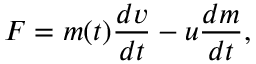
F = m ( t ) { \frac { d v } { d t } } - u { \frac { d m } { d t } } ,